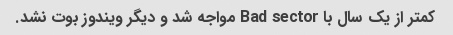
کمتر از یک سال با Bad sector مواجه شد و دیگر ویندوز بوت نشد.